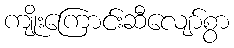
ကျိုးကြောင်းဆီလျော်စွာ